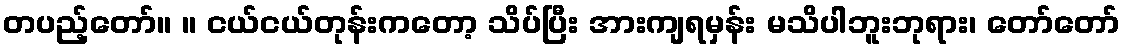
တပည့်တော်။ ။ ငယ်ငယ်တုန်းကတော့ သိပ်ပြီး အားကျရမှန်း မသိပါဘူးဘုရား၊ တော်တော်